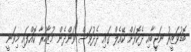
ބޮޑުވަޒީރު ނަޖީބާއި ދެކޮޅަށް ކޭއެލް ގައި ދެދުވަސް ވަންދެން މުޒާހަރާ ކޮއްފައި މިވަނީ